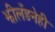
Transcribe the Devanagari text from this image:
झीलँडनेही